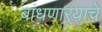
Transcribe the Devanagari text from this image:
बांधणार्‍याचे